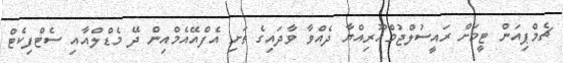
ޗެމްޕިއަން ޓީމަށް ރައީސުލްޖުމްހޫރިއްޔާ ދެއްވާ ވާދައިގެ ތަށި އެފްއޭއެމްއިން ދޭ މެޑްލްއާއި ސެޓްފިކެޓް